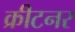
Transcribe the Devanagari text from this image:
क्रीटनर